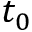
t _ { 0 }